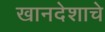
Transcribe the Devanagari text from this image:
खानदेशाचे